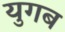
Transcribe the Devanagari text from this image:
युगब